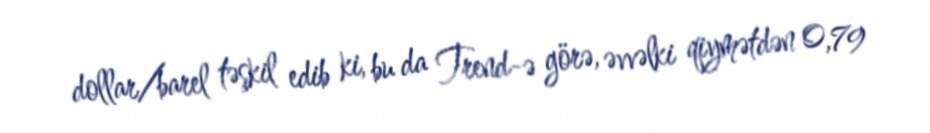
dollar/barel təşkil edib ki, bu da Trend-ə görə, əvvəlki qiymətdən 0,79